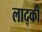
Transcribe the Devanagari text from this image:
लाद्की